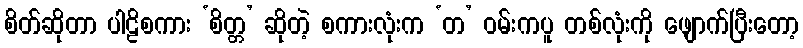
စိတ်ဆိုတာ ပါဠိစကား ‘စိတ္တ’ ဆိုတဲ့ စကားလုံးက ‘တ’ ဝမ်းကပူ တစ်လုံးကို ဖျောက်ပြီးတော့